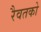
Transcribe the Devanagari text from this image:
रैवतको